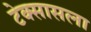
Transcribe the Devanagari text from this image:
टेक्सासला